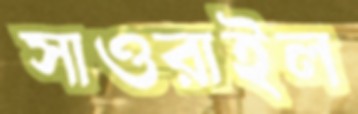
সাওরাইল